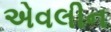
એવલીન